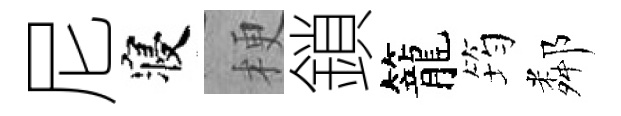
尼寝梗鎖籠筠鄰